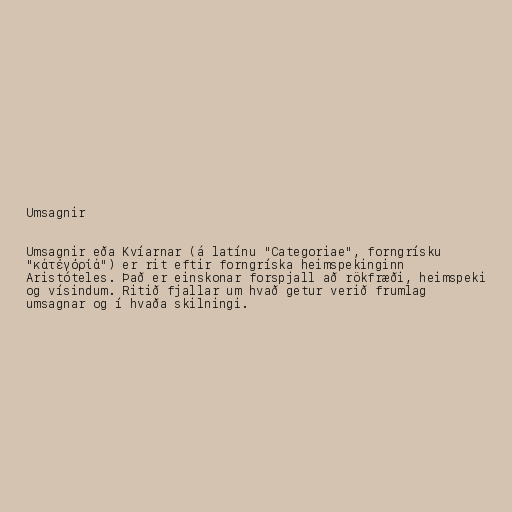
Umsagnir

Umsagnir eða Kvíarnar (á latínu "Categoriae", forngrísku
"κάτέγόρίά") er rit eftir forngríska heimspekinginn
Aristóteles. Það er einskonar forspjall að rökfræði, heimspeki
og vísindum. Ritið fjallar um hvað getur verið frumlag
umsagnar og í hvaða skilningi.